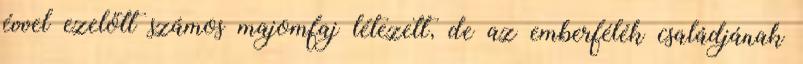
évvel ezelőtt számos majomfaj létezett, de az emberfélék családjának